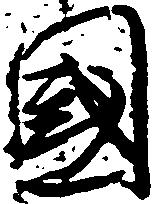
国